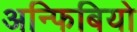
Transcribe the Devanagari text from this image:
अन्फिबियो